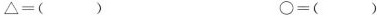
$$\bigtriangleup =$$() $$\bigcirc =$$()